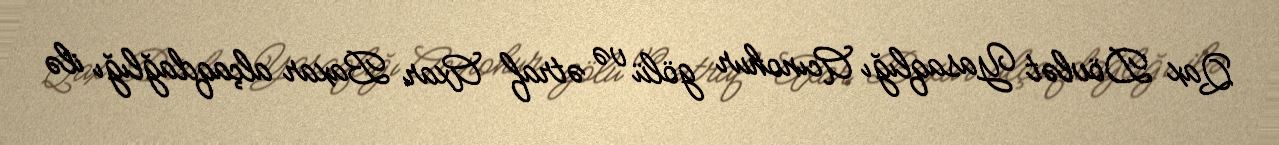
Qax Dövlət Yasaqlığı Acınohur gölü və ətraf Axar Baxar alçaqdağlığı ilə